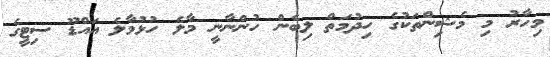
މިހާރު މި މެޝިންތަކުގެ ހިދުމަތް ލިބެން ހުންނާނީ މާލެ ހުޅުމާލެ އައްޑޫ ސިޓީގެ